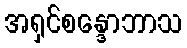
အရှင်စန္ဒောဘာသ